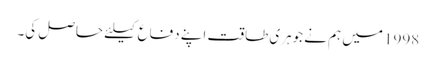
1998 میں ہم نے جوہری طاقت اپنے دفاع کیلئے حاصل کی۔